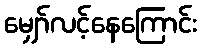
မျှော်လင့်နေကြောင်း